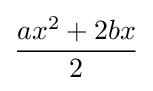
{\frac {ax^{2}+2bx}{2}}